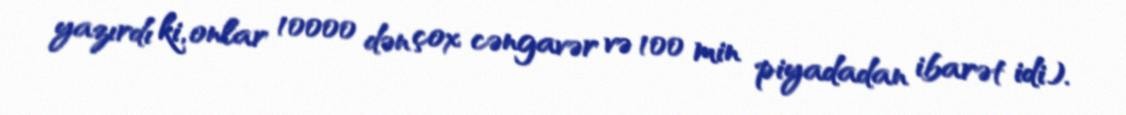
yazırdı ki, onlar 10000 dən çox cəngavər və 100 min piyadadan ibarət idi).